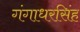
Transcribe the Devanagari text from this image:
गंगाधरसिंह